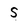
Character: S